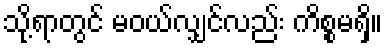
သို့ရာတွင် မဝယ်လျှင်လည်း ကိစ္စမရှိ။